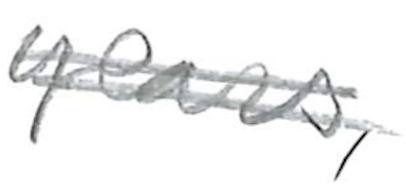
Text: early
Cross-out: mix
Writing tool: pencil